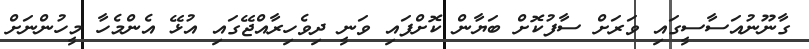
ގާނޫނުއަސާސީގައި ވަރަށް ސާފުކޮށް ބަޔާން ކޮށްފައި ވަނީ ދިވެހިރާއްޖޭގައި އުޅޭ އެންމެހާ މީހުންނަށް